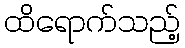
ထိရောက်သည့်